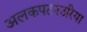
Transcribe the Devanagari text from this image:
अलकपटनउरिया